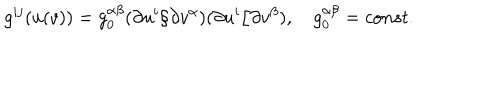
g ^ { i j } ( u ( v ) ) = g _ { 0 } ^ { \alpha \beta } ( \partial u ^ { i } / \partial v ^ { \alpha } ) ( \partial u ^ { i } / \partial v ^ { \beta } ) , g _ { 0 } ^ { \alpha \beta } = c o n s t .